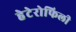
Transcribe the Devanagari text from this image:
हेटेरोफिली